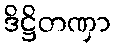
ဒိဋ္ဌိတဏှာ